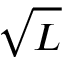
\sqrt { L }